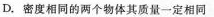
D.密度相同的两个物体其质量一定相同